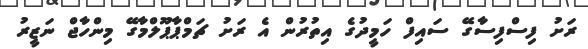
ރަށު ފިސްފިސާގޭ ސައިފް ހަމީދުގެ އިތުރުން އެ ރަށު ޗަމްޕާޕޫލްމާގޭ މިންހާޖް ނަޒީރު